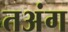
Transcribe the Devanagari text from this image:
तअंग